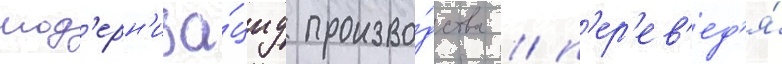
мод'ерн'иза́циу произво́дства / п'ер'ев'ед'я́